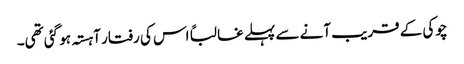
چوکی کے قریب آنے سے پہلے غالباً اس کی رفتار آہستہ ہو گئی تھی۔